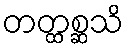
တတ္ထစ္ဆသိ